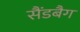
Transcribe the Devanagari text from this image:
सैंडबैग